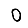
Digit: 0